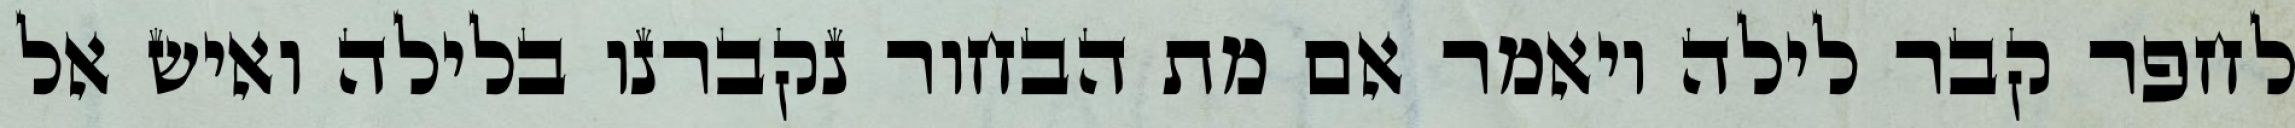
לחפר קבר לילה ויאמר אם מת הבחור נקברנו בלילה ואיש אל